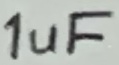
Text: 1uF